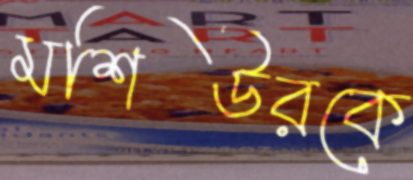
মশিউরকে